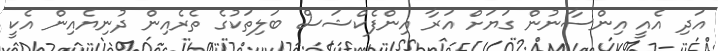
އަދި އެއީ އިންސާނުން ގަޔަށް އަރާ އިންފެކްޝަސް ބަލިތަކުގެ ތެރެއިން ދުނިޔެއިން އެކީ